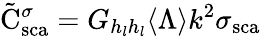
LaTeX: \tilde{\mathrm{{C}}}_{\mathrm{{sca}}}^{\sigma}={G_{h_{l}h_{l}}}\langle\Lambda\rangle k^{2}\sigma_{\mathrm{{sca}}}